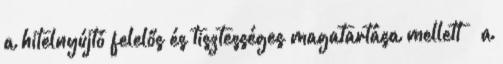
a hitelnyújtó felelős és tisztességes magatartása mellett – a